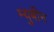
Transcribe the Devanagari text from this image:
म्युबीन